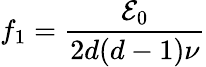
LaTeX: f_{1}=\frac{{\mathcal E}_{0}}{2d(d-1)\nu}